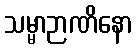
သမ္မာဉာဏိနော